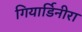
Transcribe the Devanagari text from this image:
गियार्डिनीरा